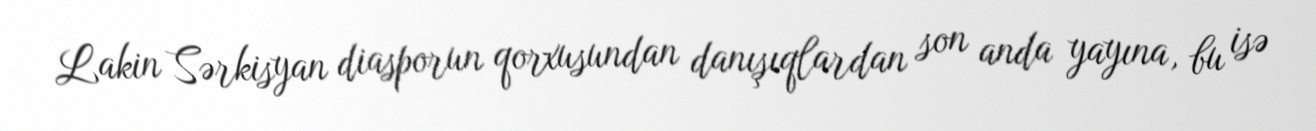
Lakin Sərkisyan diasporun qorxusundan danışıqlardan son anda yayına, bu isə